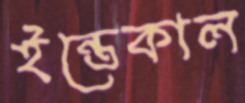
ইন্তেকাল